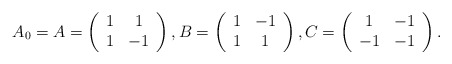
\begin{align*}A_{0}=A=\left( \begin{array}{cc}1 & 1 \\ 1 & -1\end{array}\right) ,B=\left( \begin{array}{cc}1 & -1 \\ 1 & 1\end{array}\right) ,C=\left( \begin{array}{cc}1 & -1 \\ -1 & -1\end{array}\right) . \end{align*}